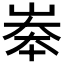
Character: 𡘶